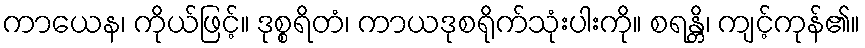
ကာယေန၊ ကိုယ်ဖြင့်။ ဒုစ္စရိတံ၊ ကာယဒုစရိုက်သုံးပါးကို။ စရန္တိ၊ ကျင့်ကုန်၏။